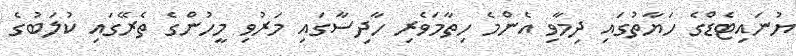
ޔުނައިޓެޑްގެ ހަޔާތުގައި ދިމާވި އެންމެ ހިތާމަވެރި ހާދިސާގައި މަރުވި މީހުންގެ ތެރޭގައި ކުލަބުގެ